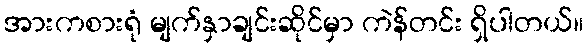
အားကစားရုံ မျက်နှာချင်းဆိုင်မှာ ကဲန်တင်း ရှိပါတယ်။